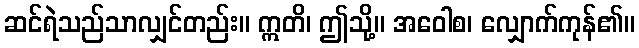
ဆင်ရဲသည်သာလျှင်တည်း။ ဣတိ၊ ဤသို့။ အဝေါစ၊ လျှောက်ကုန်၏။